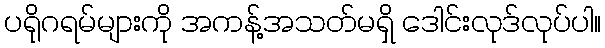
ပရိုဂရမ်များကို အကန့်အသတ်မရှိ ဒေါင်းလုဒ်လုပ်ပါ။